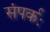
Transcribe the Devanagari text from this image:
संपर्कः